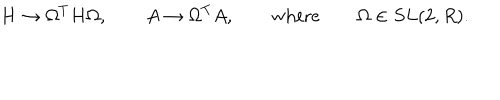
LaTeX: H \to \Omega ^ { T } H \Omega , \qquad A \to \Omega ^ { T } A , \qquad \mathrm { w h e r e } \qquad \Omega \in S L ( 2 , R ) .